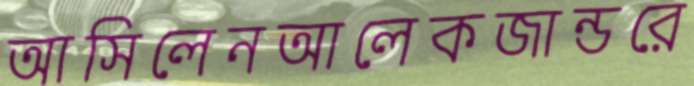
আসিলেনআলেকজান্ডরে